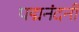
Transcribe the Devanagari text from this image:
पद्मनंदनी